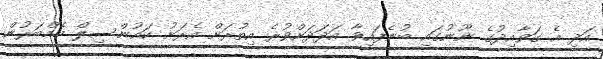
އަދި އެ ގަވާއިދުގެ ނޫނުގައި ބުނެފައިވާ އަދަދަށްވުރެ އިތުރަށް އެރަށު ކައުންސިލް މެމްބަރުން